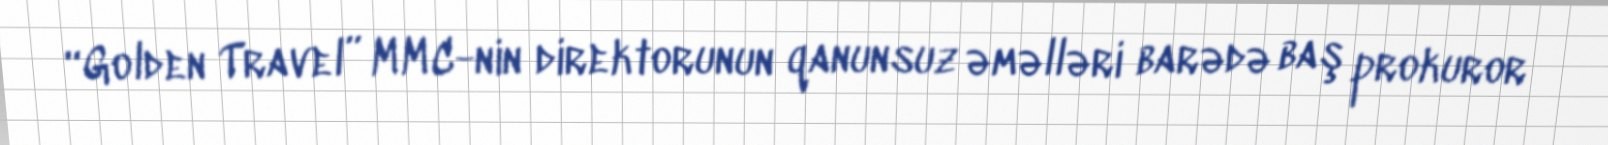
“Golden Travel” MMC-nin direktorunun qanunsuz əməlləri barədə baş prokuror